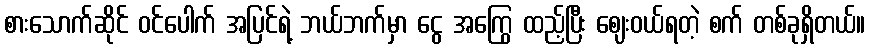
စားသောက်ဆိုင် ဝင်ပေါက် အပြင်ရဲ့ ဘယ်ဘက်မှာ ငွေ အကြွေ ထည့်ပြီး ဈေးဝယ်ရတဲ့ စက် တစ်ခုရှိတယ်။